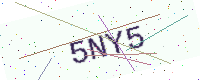
Text: 5NY5